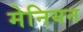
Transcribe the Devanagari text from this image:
मेनियन